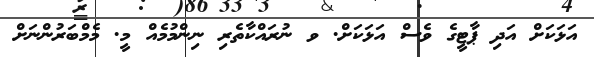
އަޅަކަށް އަދި ޕާޓީގެ ވެސް އަޅަކަށް. ވ ނުރައްކާތެރި ނިންމުމެއް މީ. މެމްބަރުންނަށް